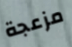
مزعجة